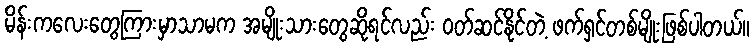
မိန်းကလေးတွေကြားမှာသာမက အမျိုးသားတွေဆိုရင်လည်း ဝတ်ဆင်နိုင်တဲ့ ဖက်ရှင်တစ်မျိုးဖြစ်ပါတယ်။